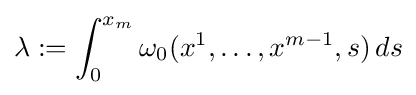
\lambda :=\int _{0}^{x_{m}}\omega _{0}(x^{1},\dots ,x^{m-1},s)\,ds